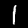
Label: 1